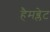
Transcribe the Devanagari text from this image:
हैमब्लेट